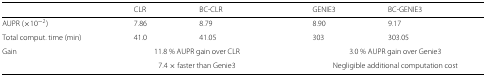
<table><thead><tr><td></td><td><b>CLR</b></td><td><b>BC-CLR</b></td><td><b>GENIE3</b></td><td><b>BC-GENIE3</b></td></tr></thead><tbody><tr><td>AUPR (×10<sup>−2</sup>)</td><td>7.86</td><td>8.79</td><td>8.90</td><td>9.17</td></tr><tr><td>Total comput. time (min)</td><td>41.0</td><td>41.05</td><td>303</td><td>303.05</td></tr><tr><td>Gain</td><td colspan="2">11.8 % AUPR gain over CLR</td><td colspan="2">3.0 % AUPR gain over Genie3</td></tr><tr><td></td><td colspan="2">7.4 × faster than Genie3</td><td colspan="2">Negligible additional computation cost</td></tr></tbody></table>